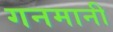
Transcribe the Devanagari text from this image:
गनमानी